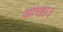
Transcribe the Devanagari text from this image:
आरहा३